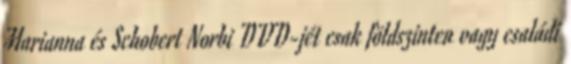
Marianna és Schobert Norbi DVD-jét csak földszinten vagy családi